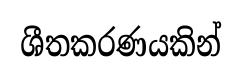
ශීතකරණයකින්